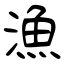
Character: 漁